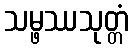
သမ္ဖဿသုတ္တံ